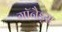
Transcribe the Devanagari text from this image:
गॉनैड्स